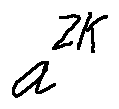
a ^ { 2 k }